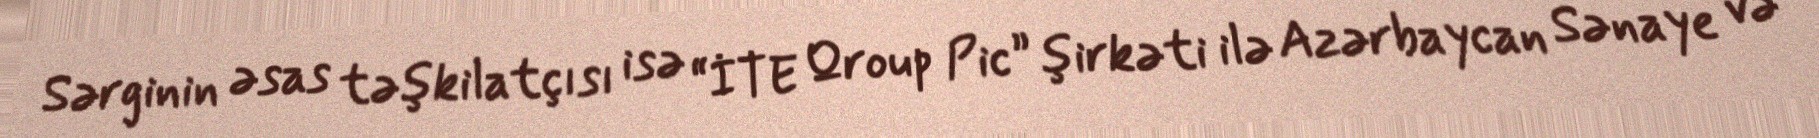
Sərginin əsas təşkilatçısı isə “İTE Qroup Pic” şirkəti ilə Azərbaycan Sənaye və